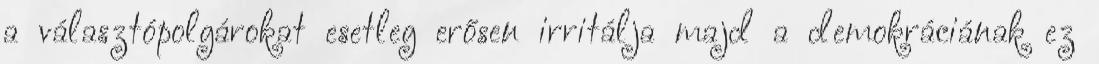
a választópolgárokat esetleg erősen irritálja majd a demokráciának ez